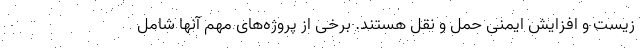
زیست و افزایش ایمنی حمل و نقل هستند. برخی از پروژه‌های مهم آنها شامل